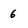
Character: 6